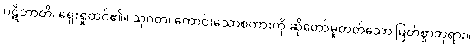
ပဋိဘာတိ၊ ရှေးရှုထင်၏။ သုဂတ၊ ကောင်းသောစကားကို ဆိုတော်မူတတ်သော မြတ်စွာဘုရား။